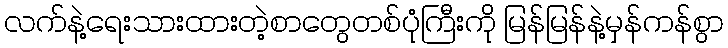
လက်နဲ့ရေးသားထားတဲ့စာတွေတစ်ပုံကြီးကို မြန်မြန်နဲ့မှန်ကန်စွာ